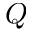
Q